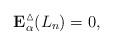
LaTeX: \begin{align*}\bold{E}_{\alpha}^{\vartriangle}(L_n)=0,\end{align*}